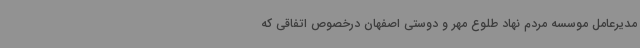
مدیرعامل موسسه مردم نهاد طلوع مهر و دوستی اصفهان درخصوص اتفاقی که